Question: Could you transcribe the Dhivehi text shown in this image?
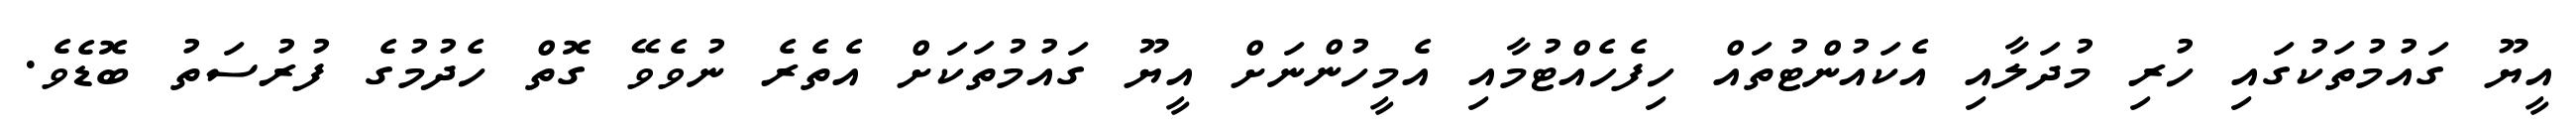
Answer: އީޔޫ ގައުމުތަކުގައި ހުރި މުދަލާއި އެކައުންޓުތައް ހިފެހެއްޓުމާއި އެމީހުންނަށް އީޔޫ ގައުމުތަކަށް އެތެރެ ނުވެވޭ ގޮތް ހެދުމުގެ ފުރުސަތު ބޮޑެވެ.